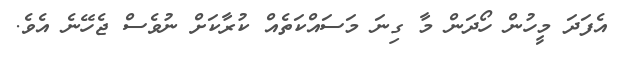
އެފަދަ މީހުން ހޯދަން މާ ގިނަ މަސައްކަތެއް ކުރާކަށް ނުވެސް ޖެހޭނެ އެވެ.